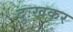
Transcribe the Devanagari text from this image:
दुःखकर